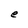
Character: e